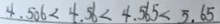
4 . 5 0 6 < 4 . 5 6 < 4 . 5 6 5 < 5 . 6 5